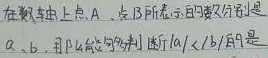
在数轴上，点\(A\)、点\(B\)所表示的数分别是\(a\)、\(b\)，那么能“与判断\(\vert a\vert<\vert b\vert\)”的是